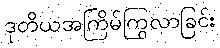
ဒုတိယအကြိမ်ကြွလာခြင်း